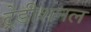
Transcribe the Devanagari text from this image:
ट्रेडीशनल